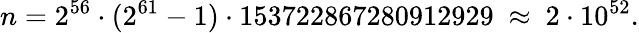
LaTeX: n=2^{56}\cdot(2^{61}-1)\cdot 153722867280912929\ \approx\ 2\cdot 10^{52}.